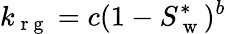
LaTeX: k_{\mathrm{~r~g~}}=c(1-S_{\mathrm{~w~}}^{*})^{b}